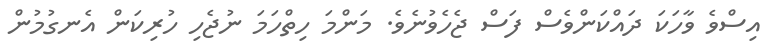
އިސްވެ ވާހަކަ ދައްކަންވެސް ފަސް ޖެހެވުނެވެ. މަންމަ ހިތްހަމަ ނުޖެހި ހުރިކަން އެނގުމުން